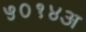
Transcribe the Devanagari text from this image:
५०१४अ